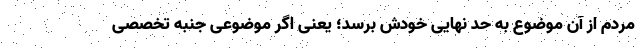
مردم از آن موضوع به حد نهایی خودش برسد؛ یعنی اگر موضوعی جنبه تخصصی